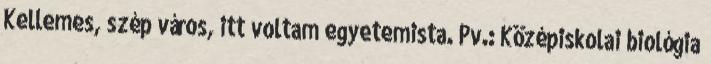
Kellemes, szép város, itt voltam egyetemista. Pv.: Középiskolai biológia